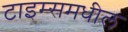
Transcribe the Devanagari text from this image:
टाइम्समधील